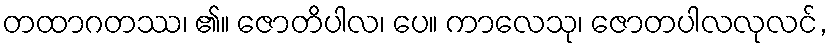
တထာဂတဿ၊ ၏။ ဇောတိပါလ၊ ပေ။ ကာလေသု၊ ဇောတပါလလုလင်,